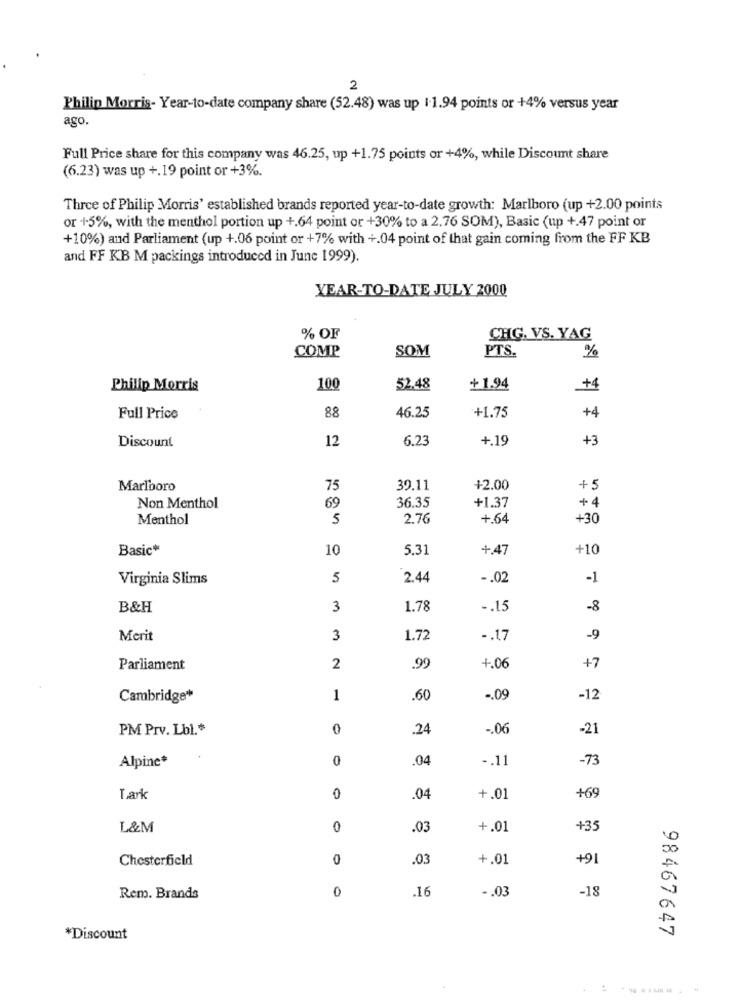
2
Philip Morris- Year-to-date company share (52.48) was up 11.94 points or +4% versus year
ago.
Full Price share for this company was 46.25, up +1.75 points or +4%, while Discount share
(6.23) was up +.19 point or+3%.
Three of Philip Morris' established brands reported year-to-date growth: Marlboro (up +2.00 points
or +5%, with the menthol portion up +.64 point or +30% to a 2.76 SOM), Basic (up +.47 point or
+10%) and Parliament (up +.06 point or +7% with +.04 point of that gain coming from the FF KB
and FF KB M packings introduced in June 1999).
YEAR-TO-DATE JULY 2000
% OF
CHG. VS. YAG
COMP
SOM
PTS.
%
Philip Morris
100
52,48
+1.94
+4
+1.75
+4
Full Price
88
46.25
Discount
12
6.23
+.19
+3
Marlboro
75
39.11
+2.00
+5
69
36.35
+4
Non Menthol
+1.37
Menthol
5
2.76
+.64
+30
Basic*
10
5.31
+.47
+10
Virginia Slims
5
2.44
-. 02
-1
B&H
3
1.78
-. 15
-8
Merit
3
1.72
-. 17
-9
Parliament
2
.99
4.06
+7
Cambridge
1
.60
-. 09
-12
PM Prv. Lbl .*
0
.24
-. 06
-21
Alpine*
0
.04
-. 11
-73
Tark
0
.04
+.01
+69
L&M
0
.03
+.01
+35
Chesterfield
0
.03
+.01
+91
0
.16
-. 03
-18
Rem. Brands
98467647
*Discount
---------